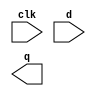
// Create 8 D flip-flops. All DFFs should be triggered by the positive edge of clk.

module top_module (
    input clk,
    input [7:0] d,
    output [7:0] q
);
	// Insert your code here

endmodule